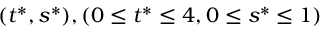
( t ^ { * } , s ^ { * } ) , ( 0 \leq t ^ { * } \leq 4 , 0 \leq s ^ { * } \leq 1 )